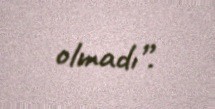
olmadı”.